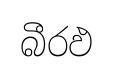
බීරඵ